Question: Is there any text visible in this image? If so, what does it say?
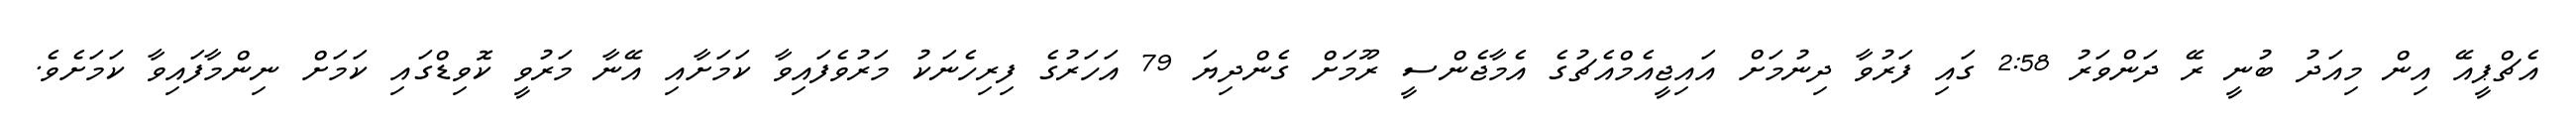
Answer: އެޗްޕީއޭ އިން މިއަދު ބުނީ ރޭ ދަންވަރު 2:58 ގައި ފަރުވާ ދިނުމަށް އައިޖީއެމްއެޗުގެ އެމާޖެންސީ ރޫމަށް ގެންދިޔަ 79 އަހަރުގެ ފިރިހެނަކު މަރުވެފައިވާ ކަމަށާއި އޭނާ މަރުވީ ކޮވިޑްގައި ކަމަށް ނިންމާފައިވާ ކަމަށެވެ.